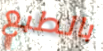
بالطبع